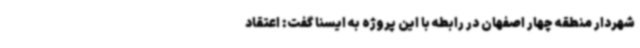
شهردار منطقه چهار اصفهان در رابطه با این پروژه به ایسنا گفت: اعتقاد